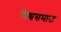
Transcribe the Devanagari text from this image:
विश्वसमाज